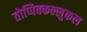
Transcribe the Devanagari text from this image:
तोप्पिक्कल्लुकल